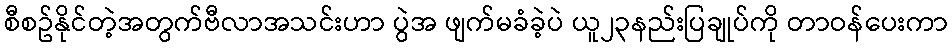
စီစဥ်နိုင်တဲ့အတွက်ဗီလာအသင်းဟာ ပွဲအ ဖျက်မခံခဲ့ပဲ ယူ၂၃နည်းပြချုပ်ကို တာဝန်ပေးကာ